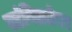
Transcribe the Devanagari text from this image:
सांगितलेवर